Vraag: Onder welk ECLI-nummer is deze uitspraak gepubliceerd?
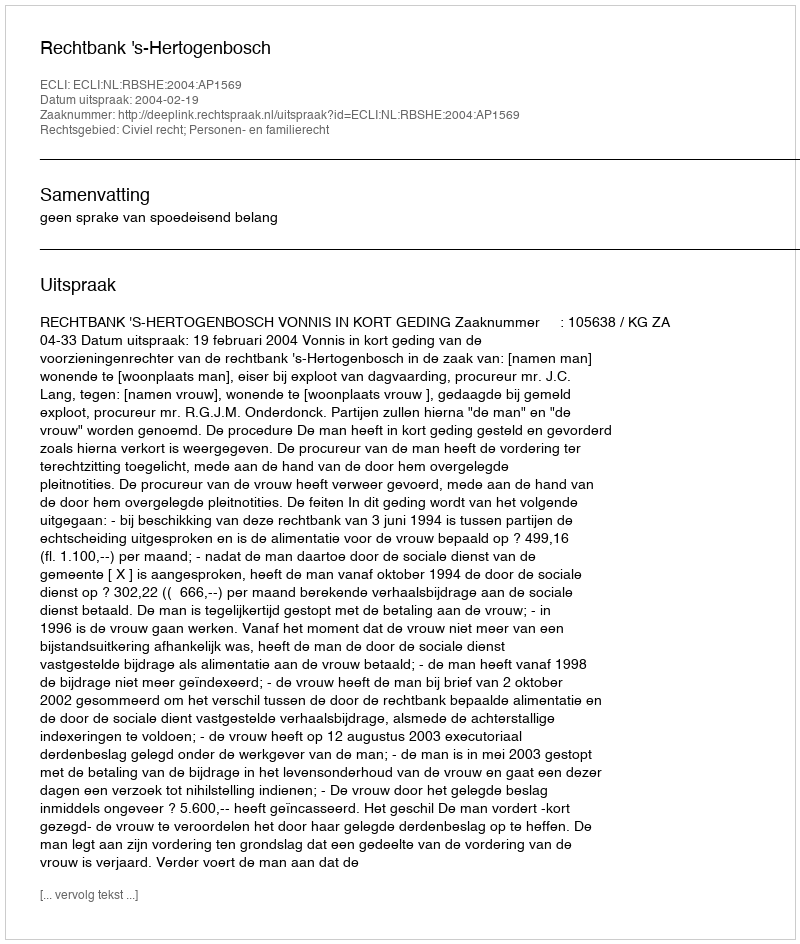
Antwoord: ECLI:NL:RBSHE:2004:AP1569